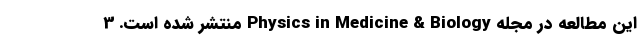
این مطالعه در مجله Physics in Medicine & Biology منتشر شده است. 3